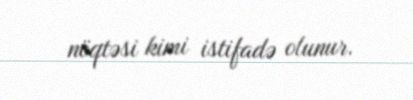
nöqtəsi kimi istifadə olunur.